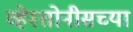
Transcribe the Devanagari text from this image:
व्हेस्तोनीसच्या